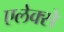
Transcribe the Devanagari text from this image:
एलेक्से